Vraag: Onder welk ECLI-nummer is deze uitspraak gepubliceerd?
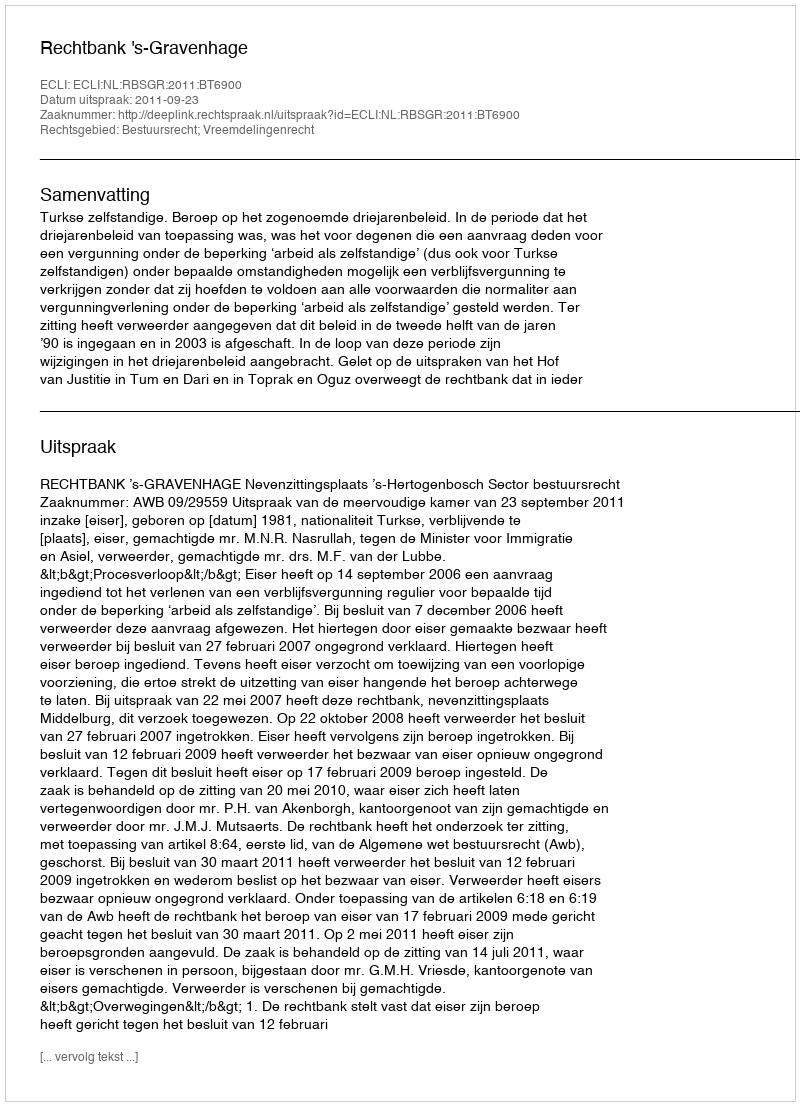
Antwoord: ECLI:NL:RBSGR:2011:BT6900